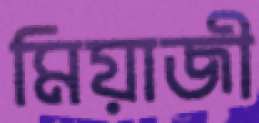
মিয়াজী